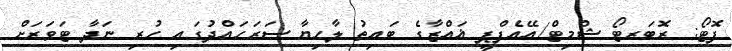
ފޮޓޯ: ރޮބަރޓޯ ޝްމިޓް/އޭއެފްޕީ ޣައްޒާގެ ބައިތު ލާހިޔާ ސަރަހައްދުގައި ހުރި ނަދާ ޓަވަރަށް